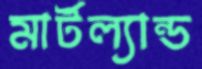
মার্টল্যান্ড